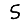
Digit: 5